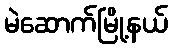
မဲဆောက်မြို့နယ်